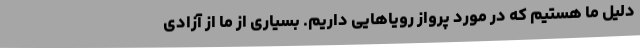
دلیل ما هستیم که در مورد پرواز رویاهایی داریم. بسیاری از ما از آزادی